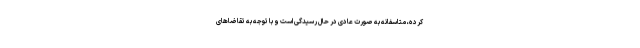
کرده، متاسفانه به صورت عادی در حال رسیدگی است و با توجه به تقاضاهای